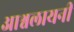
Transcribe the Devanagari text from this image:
आश्वलायनी